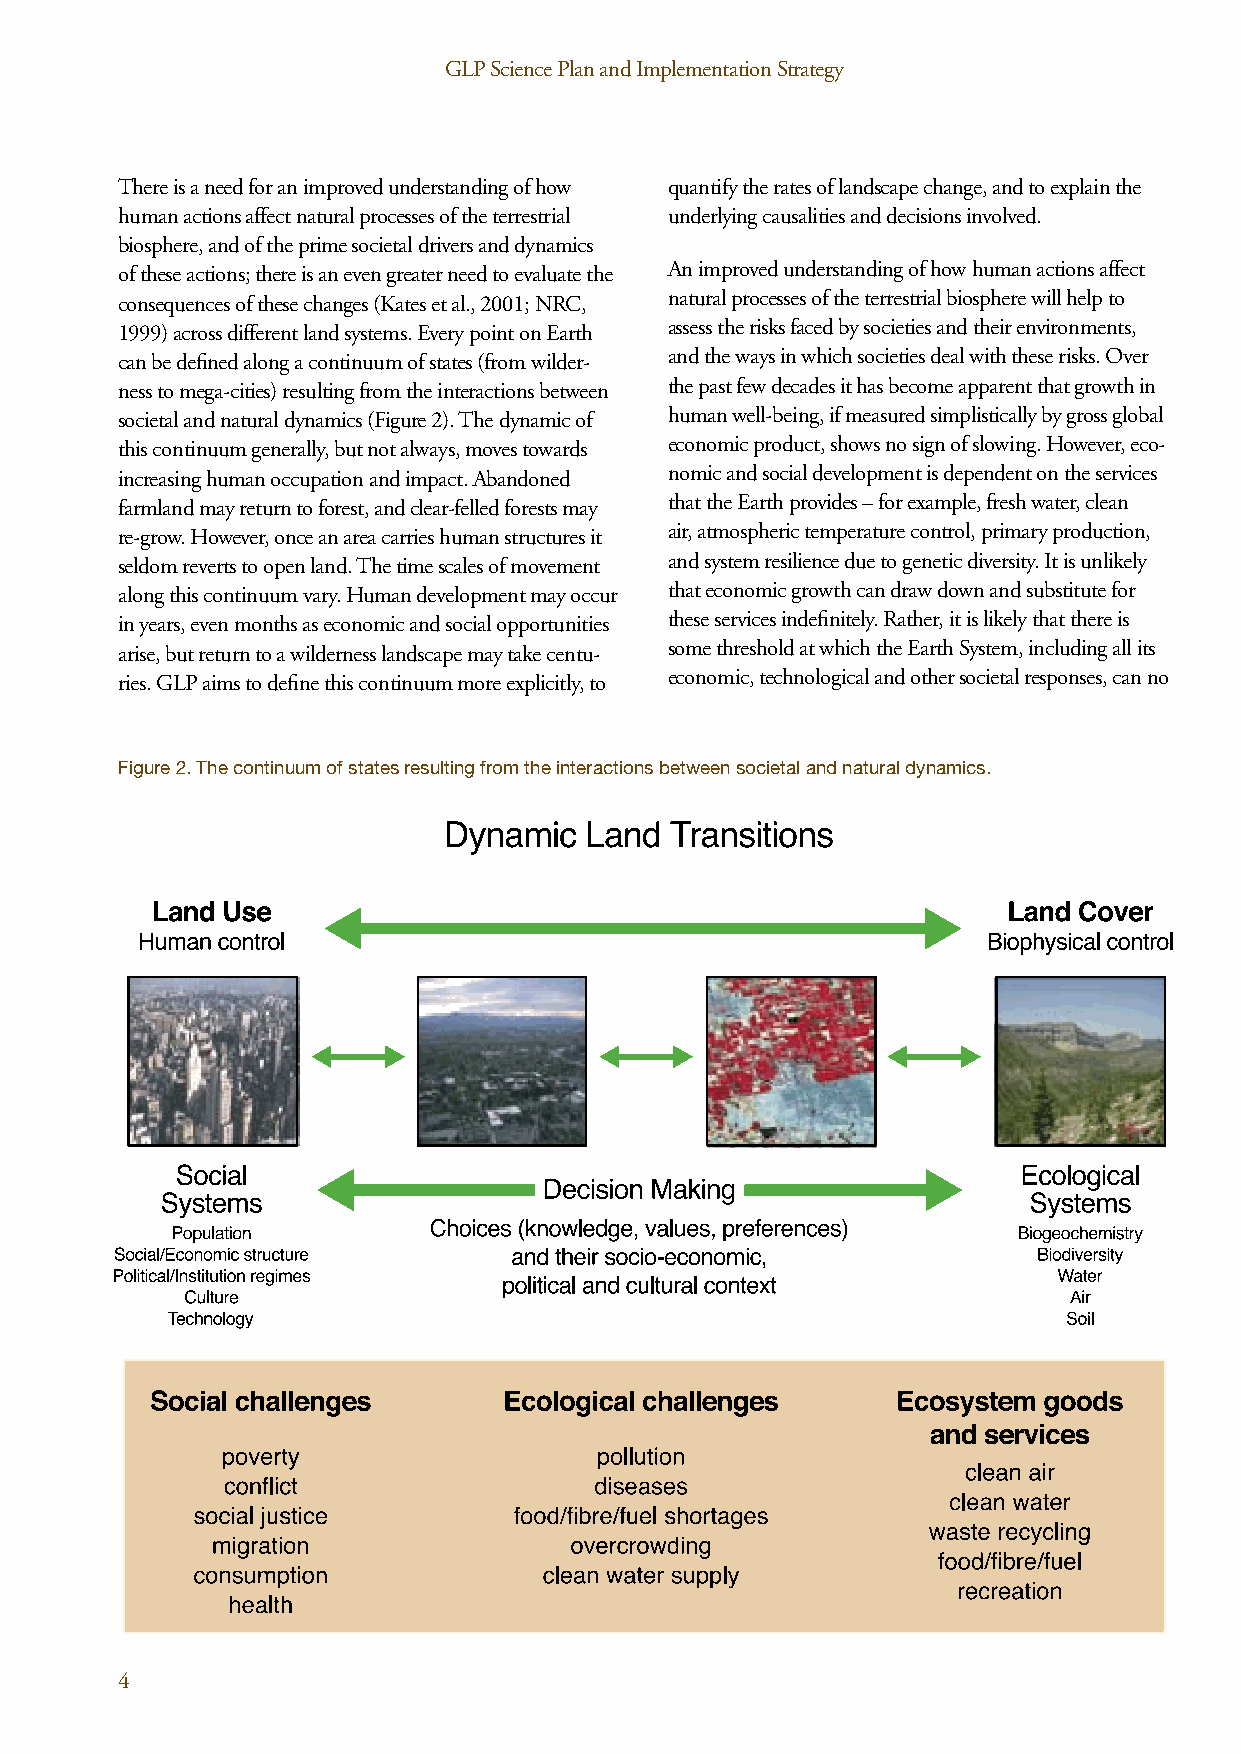
GLP Science Plan and Implementation Strategy                                   GLP Science Plan and Implementation Strategy
 There is a need for an improved understanding of how quantify the rates of landscape change, and to explain the
 human actions affect natural processes of the terrestrial underlying causalities and decisions involved.
 biosphere, and of the prime societal drivers and dynamics
 of these actions; there is an even greater need to evaluate the An improved understanding of how human actions affect
 consequences of these changes (Kates et al., 2001; NRC, natural processes of the terrestrial biosphere will help to
 1999) across different land systems. Every point on Earth assess the risks faced by societies and their environments,
 can be defined along a continuum of states (from wilder- and the ways in which societies deal with these risks. Over
 ness to mega-cities) resulting from the interactions between the past few decades it has become apparent that growth in
 societal and natural dynamics (Figure 2). The dynamic of human well-being, if measured simplistically by gross global
 this continuum generally, but not always, moves towards economic product, shows no sign of slowing. However, eco-
 increasing human occupation and impact. Abandoned nomic and social development is dependent on the services
 farmland may return to forest, and clear-felled forests may that the Earth provides – for example, fresh water, clean
 re-grow. However, once an area carries human structures it air, atmospheric temperature control, primary production,
 seldom reverts to open land. The time scales of movement and system resilience due to genetic diversity. It is unlikely
 along this continuum vary. Human development may occur that economic growth can draw down and substitute for
 in years, even months as economic and social opportunities these services indefinitely. Rather, it is likely that there is
 arise, but return to a wilderness landscape may take centu- some threshold at which the Earth System, including all its
 ries. GLP aims to define this continuum more explicitly, to economic, technological and other societal responses, can no
 Figure 2. The continuum of states resulting from the interactions between societal and natural dynamics.
 4                                                                                                                                                   5